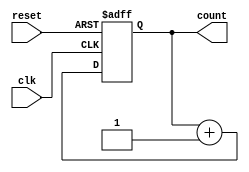
module ripple_counter (
    input wire clk,          // Clock input
    input wire reset,        // Asynchronous reset
    output reg [3:0] count   // 4-bit count output
);

// Always block triggered on the clock edge or reset signal
always @(posedge clk or posedge reset) begin
    if (reset) begin
        count <= 4'b0000;   // Reset the count to 0
    end else begin
        count <= count + 1; // Increment the count
    end
end

endmodule